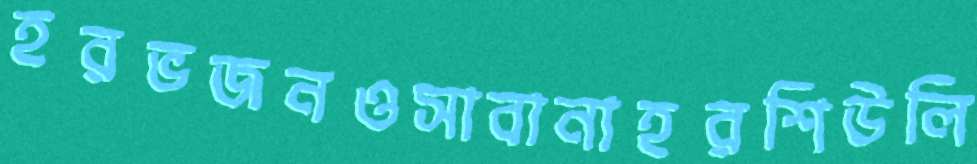
হরভজনওসাবানাহরশিউলি